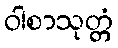
ဝါစာသုတ္တံ